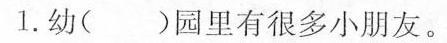
1.幼()园里有很多小朋友。